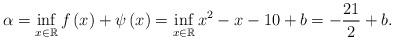
LaTeX: \begin{align*}\alpha = \inf_{x\in\mathbb{R}}f\left(x\right)+\psi\left(x\right)=\inf_{x\in\mathbb{R}}x^{2}-x-10+b=-\frac{21}{2}+b.\end{align*}